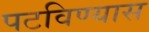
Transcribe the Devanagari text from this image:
पटविण्यास